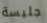
جليسة